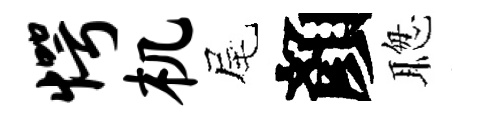
愕机尾顏聦